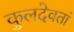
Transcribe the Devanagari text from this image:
कुलदेवतां